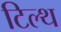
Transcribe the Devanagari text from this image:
टिल्थ